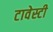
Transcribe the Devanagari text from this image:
टावेस्टी